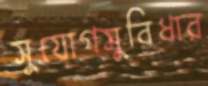
সুযোগসুবিধার